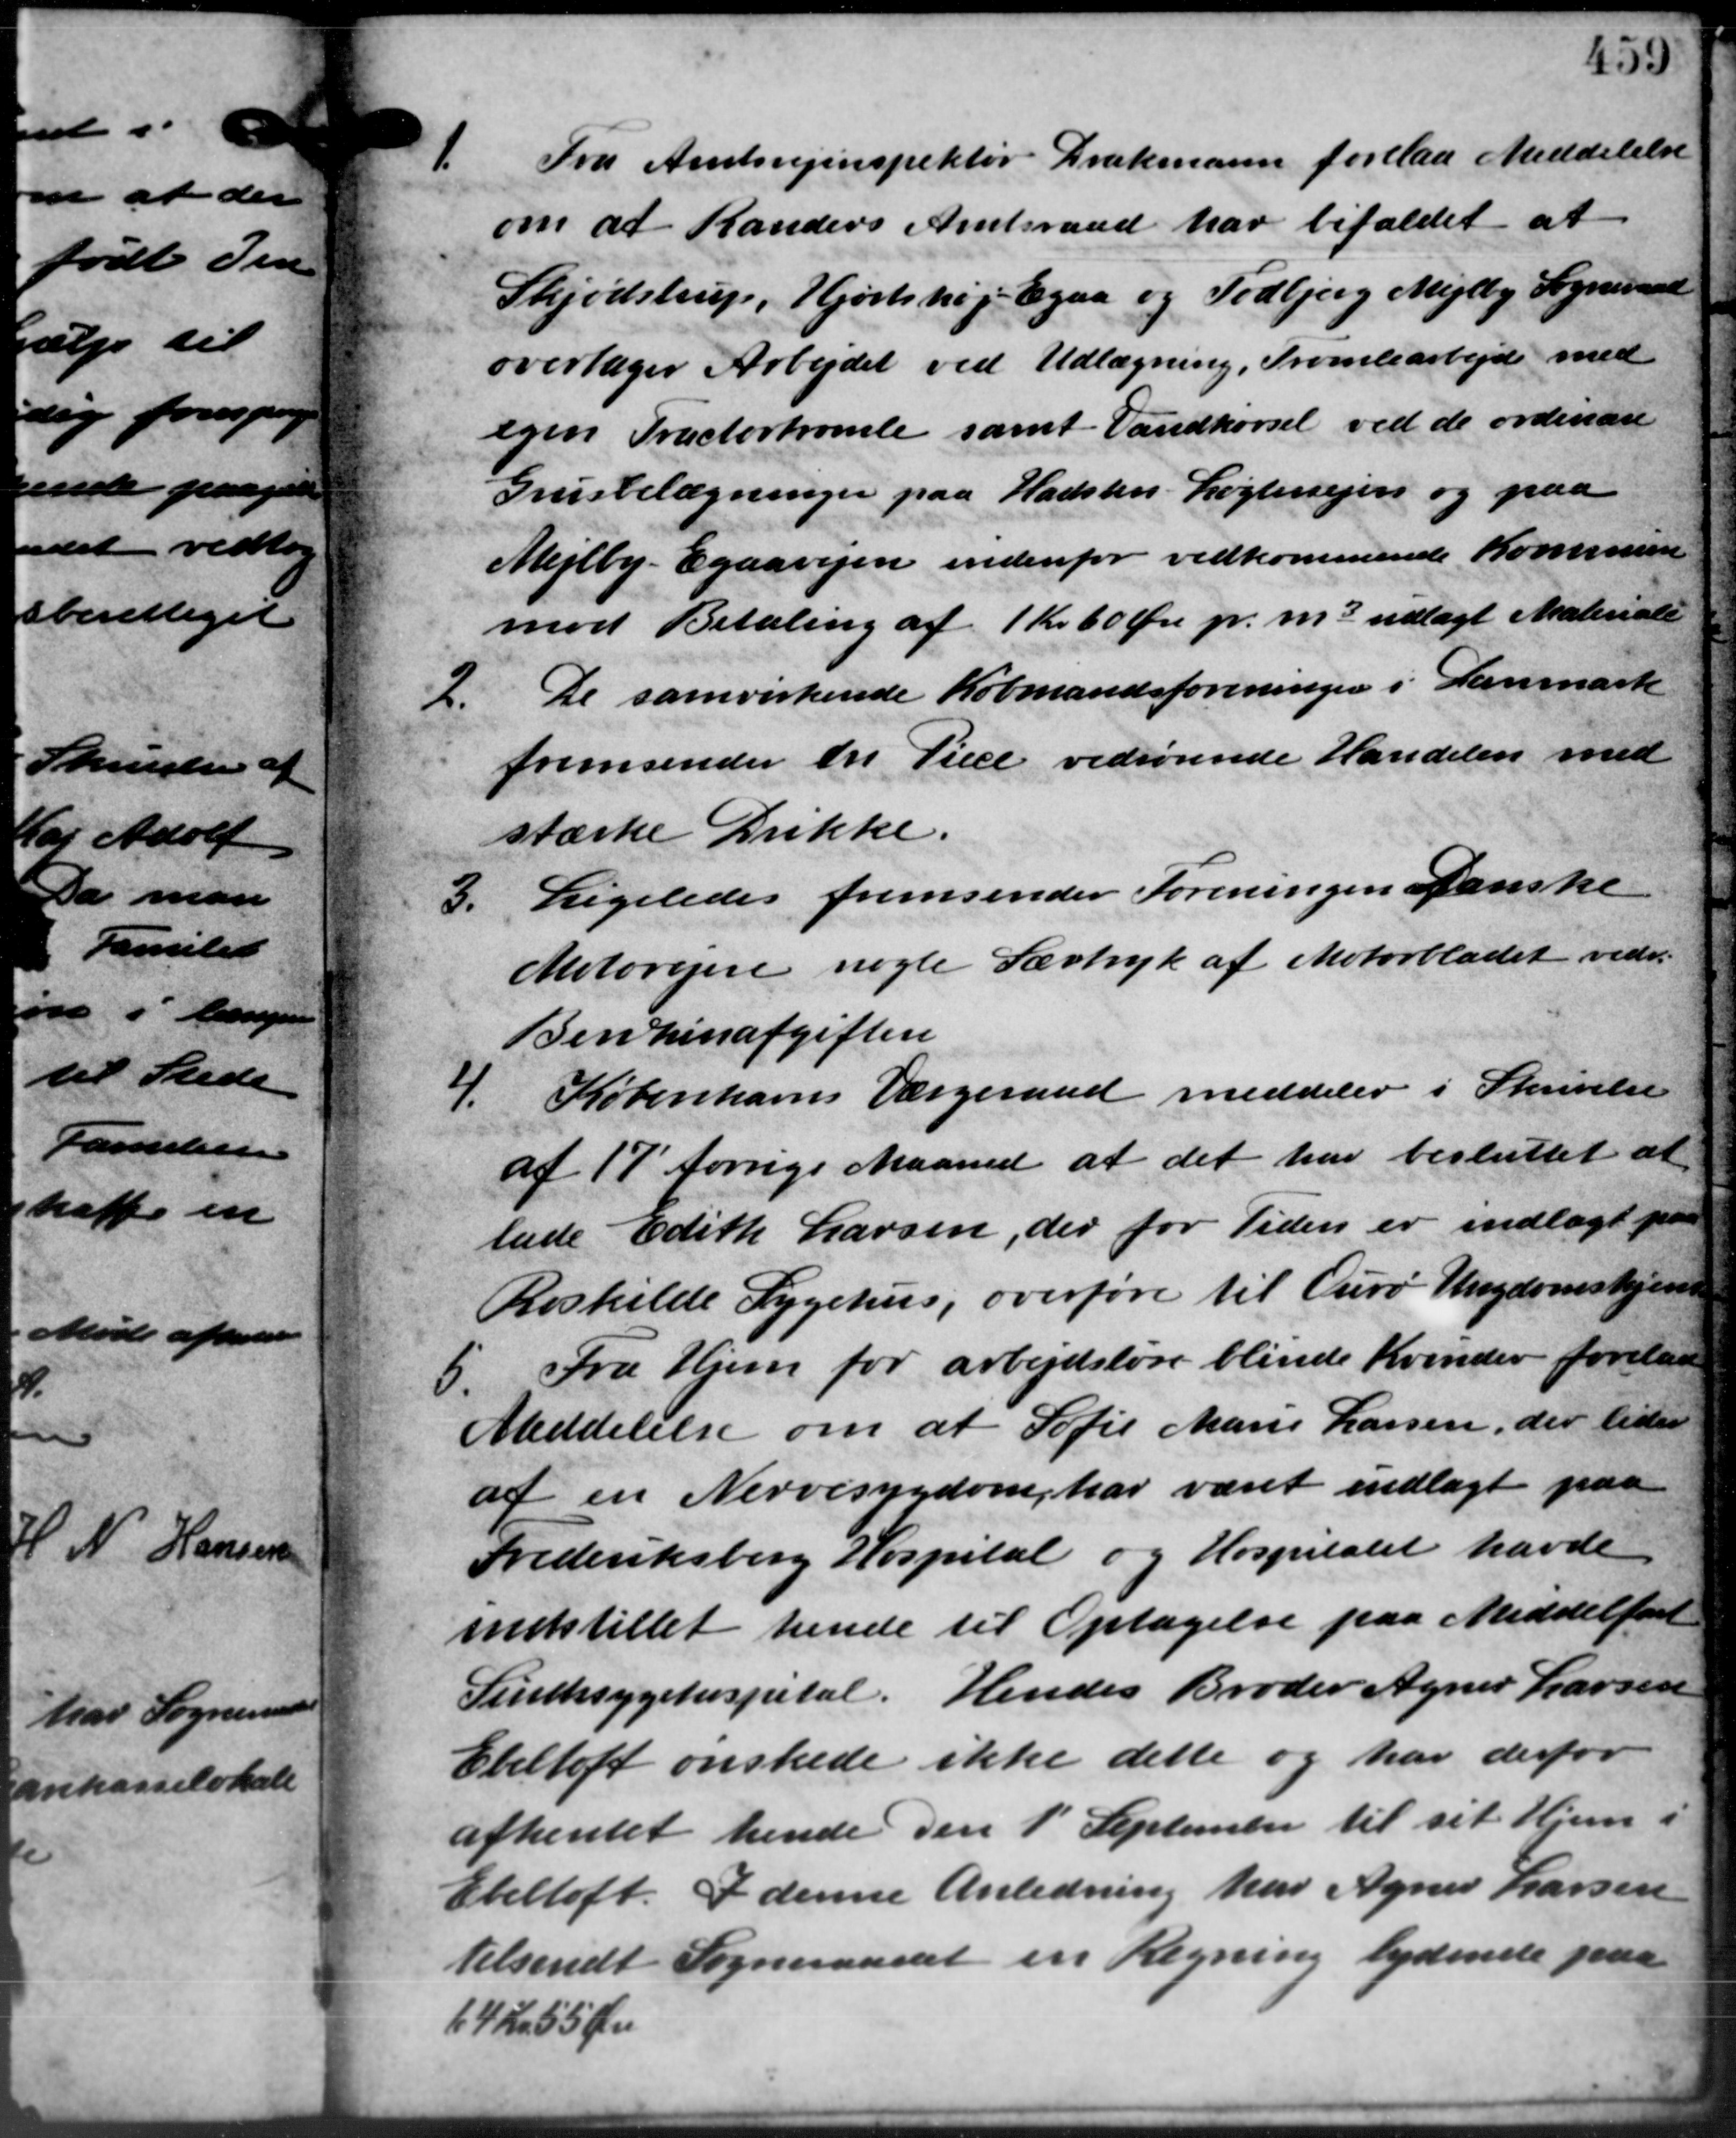
Transskription:
1
Fra Amtsvejinspektør Drækmann forelaa Meddelelse
-
om at Randers Amtsraad har bifaldet at
Skjødstrup, Hjortshøj Egaa og Todbjerg Mejlby Sogneraad
overtager Arbejdet ved Udlægning, Tromlearbejde med
egen Tractortromle samt Vandkørsel ved de ordinære
Grubelægninger paa Hadsten Løgtevejen og paa
Mejlby - Egaavejen indenfor vedkommende Kommune
mod Betaling af 1 Kr. 60 Øre pr. m3 udlagt Materiale
2
De samvirkende Købmandsforeninger i Danmark
fremsender en Tiece vedrørende Handelen med
stærke Drikke.
Ligeledes fremsender Foreningen danske
3.
Motorejere nogle Særtryk af Motorbladet vedr.
Benzinafgiften
4. Københavns Værgeraad meddeler i Skrivelse
4. Københavns Værgeraad meddeler i Skrivelse
af 17 forrige Maaned at det har besluttet at
lade Edith Larsen, der for Tiden er indlagt p
Roskilde Sygehus, overføre til Ourø Ungdomshjem
5 Fra Hjem for arbejdsløse blinde Kvinder forelaa
5 Fra Hjem for arbejdsløse blinde Kvinder forelaa
Meddelelse om at Sofie Marie Larsen, der lider
af en Nervesygdom, har været indlagt paa
Frederiksberg Hospital og Hospitalet havde
indstillet hende til Optagelse paa Meddelfart
Sindssygehospital. Hendes Broder Agner Larsen
Ebeltoft ønskede ikke dette og har derfor
afhentet hende den 1´ September til sit Hjem i
Ebeltoft. I denne Anledning har Agner Larsen
tilsendt Sogneraadet en Regning lydende paa
64 Kr 55 Øre